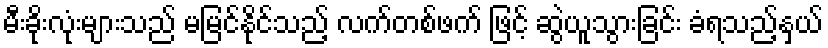
မီးခိုးလုံးများသည် မမြင်နိုင်သည့် လက်တစ်ဖက် ဖြင့် ဆွဲယူသွားခြင်း ခံရသည့်နှယ်